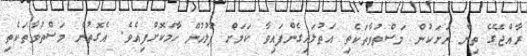
ރާއްޖޭގެ ތިން ރަށަކުން މަސްތުވާތަކެތި އަތުލައިގެންފައިވާ ކަމަށް ފުލުހުން ހާމަކޮށްފިއެވެ. އެގޮތުން މަސްތުވާތަކެތި